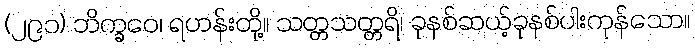
(၂၉၁) ဘိက္ခဝေ၊ ရဟန်းတို့။ သတ္တသတ္တရိ၊ ခုနစ်ဆယ့်ခုနစ်ပါးကုန်သော။